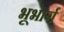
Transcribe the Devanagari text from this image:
भूभार्ग